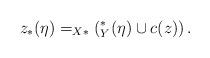
LaTeX: \begin{align*}z_*(\eta)=_{X*}\left(^*_Y(\eta)\cup c(z)\right).\end{align*}